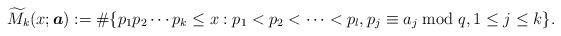
LaTeX: \begin{align*}\widetilde{M}_k(x; \boldsymbol{a}):=\#\{p_1 p_2\cdots p_k\leq x: p_1<p_2<\cdots<p_l, p_j\equiv a_j \bmod q, 1\leq j\leq k \}.\end{align*}